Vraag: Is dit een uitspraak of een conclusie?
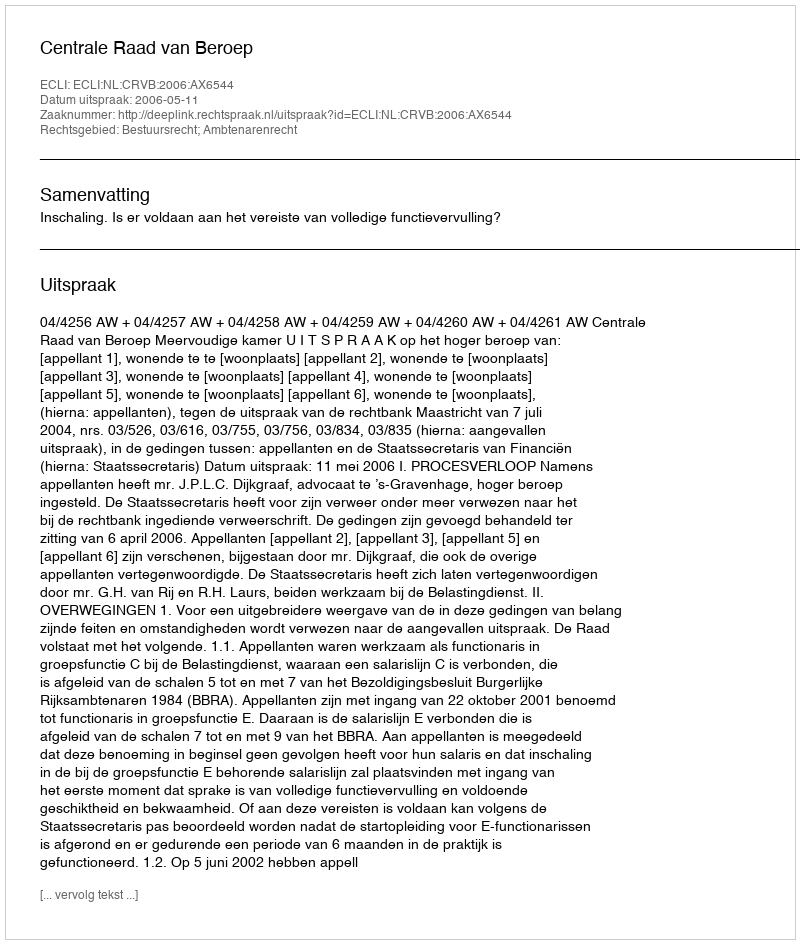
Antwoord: Uitspraak